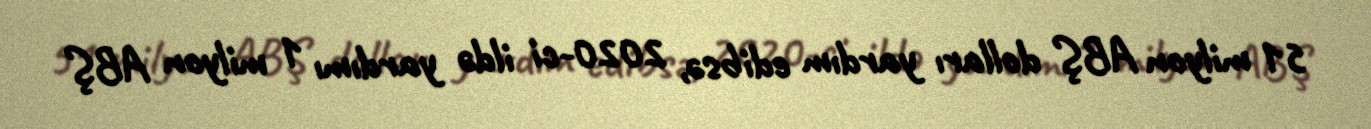
51 milyon ABŞ dolları yardım edibsə, 2020-ci ildə yardımı 1 milyon ABŞ